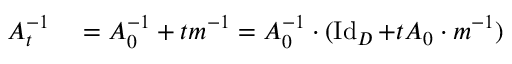
\begin{array} { r l } { A _ { t } ^ { - 1 } } & { { } = A _ { 0 } ^ { - 1 } + t m ^ { - 1 } = A _ { 0 } ^ { - 1 } \cdot ( \operatorname { I d } _ { D } + t A _ { 0 } \cdot m ^ { - 1 } ) } \end{array}